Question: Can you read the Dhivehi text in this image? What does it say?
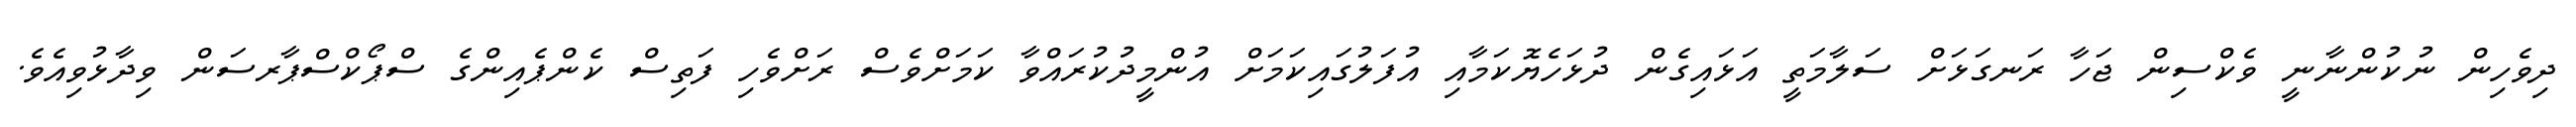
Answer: ދިވެހިން ނުކުންނާނީ ވެކްސިން ޖަހާ ރަނގަޅަށް ސަލާމަތީ އަޅައިގެން ދުޅަހެޔޮކަމާއި އުފަލުގައިކަމަށް އުންމީދުކުރައްވާ ކަމަށްވެސް ރަށްވެހި ފަތިސް ކެންޕެއިންގެ ސްޕޯކްސްޕާރސަން ވިދާޅުވިއެވެ.